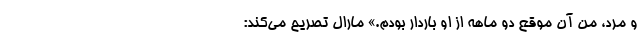
و مرد، من آن موقع دو ماهه از او باردار بودم.» مارال تصریح می‌کند: